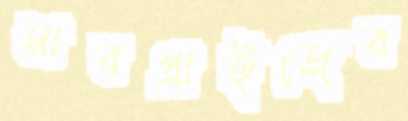
সারপ্রাইজের